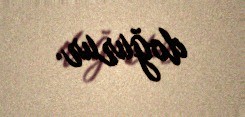
doğurur.